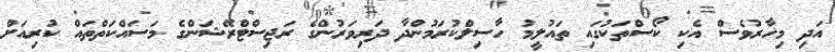
އަދި މިހާރުވެސް އެކި ކޯސްތަކުގައި ތައުލީމު ހާސިލްކުރަމުންދާ ދަރިވަރުންގެ ރަޖިސްޓްރޭޝަންގެ މަސައްކަތްތައް ކުރިއަށް